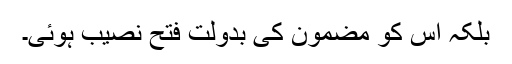
بلکہ اس کو مضمون کی بدولت فتح نصیب ہوئی۔